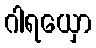
ဂါရယှော